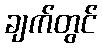
ချက်တွင်